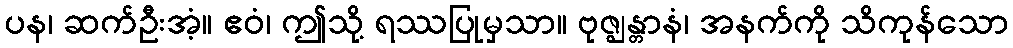
ပန၊ ဆက်ဦးအံ့။ ဧဝံ၊ ဤသို့ ရဿပြုမှသာ။ ဗုဇ္ဈန္တာနံ၊ အနက်ကို သိကုန်သော